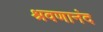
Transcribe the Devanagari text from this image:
श्रवणानंद